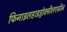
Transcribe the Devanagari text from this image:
फिनाइलहाइड्रोक्सीलएमीन